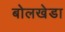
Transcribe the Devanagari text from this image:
बोलखेडा